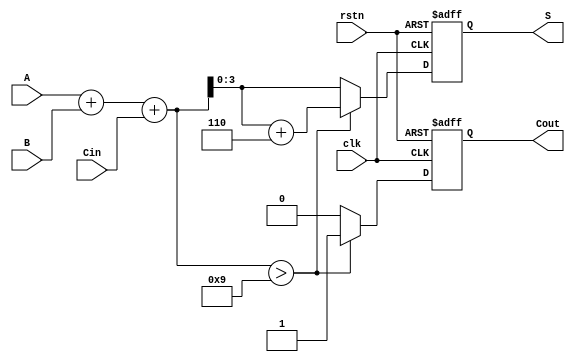
module BCD_Sequential_Adder (
    input wire clk,         // Clock input
    input wire rstn,       // Active low reset
    input wire [3:0] A,    // BCD digit A
    input wire [3:0] B,    // BCD digit B
    input wire Cin,        // Carry-in
    output reg [3:0] S,    // BCD result
    output reg Cout        // Carry-out
);
    
    reg [4:0] sum; // 5 bits to hold the sum including carry

    always @(posedge clk or negedge rstn) begin
        if (!rstn) begin
            S <= 4'b0000;   // Initialize S to 0
            Cout <= 1'b0;   // Initialize Cout to 0
        end else begin
            // Calculate the sum of A, B, and Cin
            sum = A + B + Cin;

            // Check if the sum exceeds 9 (1001 in binary)
            if (sum > 9) begin
                sum = sum + 5'b00110; // Adjust by adding 6 (0110)
                Cout <= 1'b1;          // Set carry-out
            end else begin
                Cout <= 1'b0;          // No carry-out
            end

            // Store the lower 4 bits of the adjusted sum as the result
            S <= sum[3:0];
        end
    end
endmodule